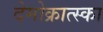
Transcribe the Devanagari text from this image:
देमोक्रात्स्का